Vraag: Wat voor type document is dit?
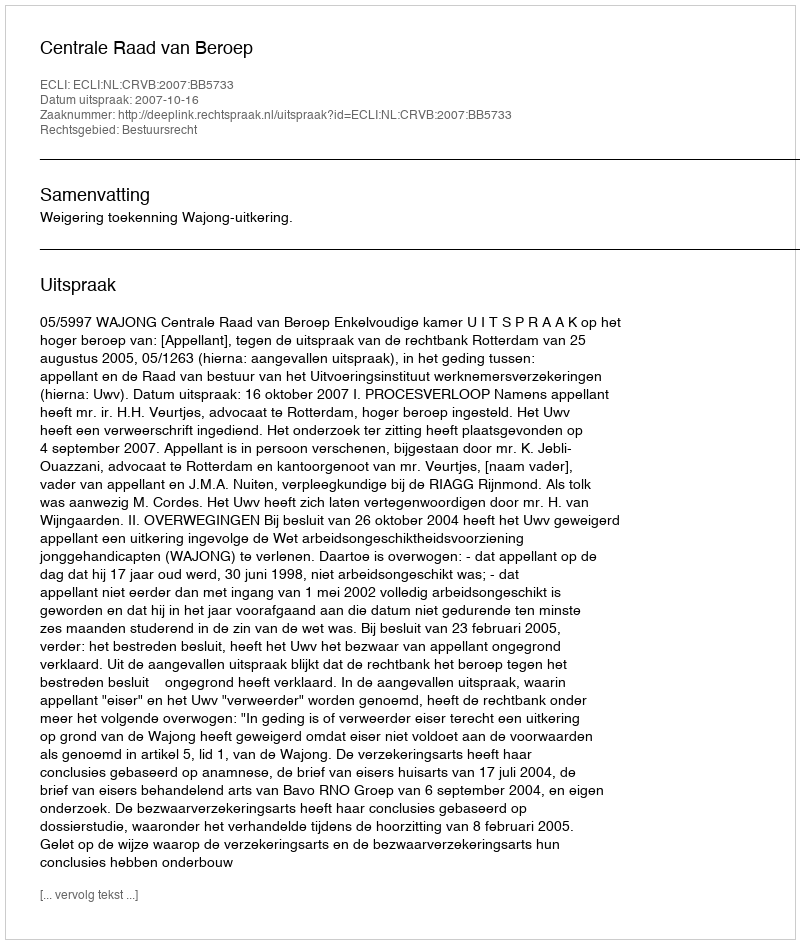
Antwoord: Uitspraak